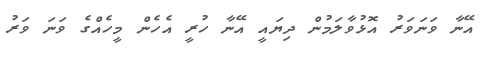
އޭނާ ވަނަވަރު އޮޅުވާލަމުން ދިޔައީ އޭނާ ހުރީ އެހެން މީހެއްގެ ވަނަ ވަރު